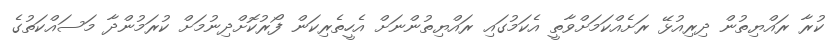
ކުރާ ރައްޔިތުން ދިރިއުޅޭ ރަށެއްކަމަށްވާތީ އެކަމުގައި ރައްޔިތުންނަށް އެހީތެރިކަން ފޯރުކޮށްދިނުމަށް ކުރަމުންދާ މަސައްކަތުގެ